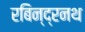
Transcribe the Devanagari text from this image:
रबिन्द्रनथ